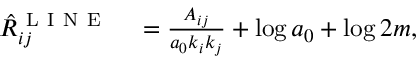
\begin{array} { r l } { \hat { R } _ { i j } ^ { \mathrm { ~ L ~ I ~ N ~ E ~ } } } & { { } = \frac { A _ { i j } } { a _ { 0 } k _ { i } k _ { j } } + \log a _ { 0 } + \log 2 m , } \end{array}